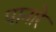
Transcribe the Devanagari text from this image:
पानारे